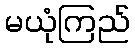
မယုံကြည်